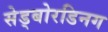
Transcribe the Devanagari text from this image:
सेड्बोरडिनग